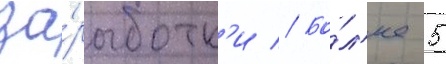
за́работк'и // Бо́л'ее 5